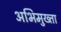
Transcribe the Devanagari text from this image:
अभिमुख्ता